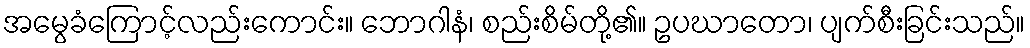
အမွေခံကြောင့်လည်းကောင်း။ ဘောဂါနံ၊ စည်းစိမ်တို့၏။ ဥပဃာတော၊ ပျက်စီးခြင်းသည်။